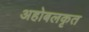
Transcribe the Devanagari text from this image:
अहोबलकृत